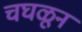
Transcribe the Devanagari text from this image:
चघळून